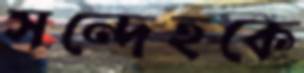
সন্দেহকে